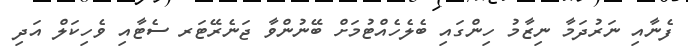
ފެނާއި ނަރުދަމާ ނިޒާމު ހިންގައި ބެލެހެއްޓުމަށް ބޭނުންވާ ޖަނެރޭޓަރ ސެޓާއި ވެހިކަލް އަދި